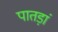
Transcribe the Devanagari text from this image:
पातड़ां